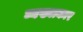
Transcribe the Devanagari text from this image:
व्यख्याकार